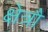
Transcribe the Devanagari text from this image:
क्षेत्रौ